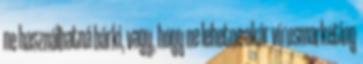
ne használhatná bárki, vagy, hogy ne lehetne akár vírusmarketing